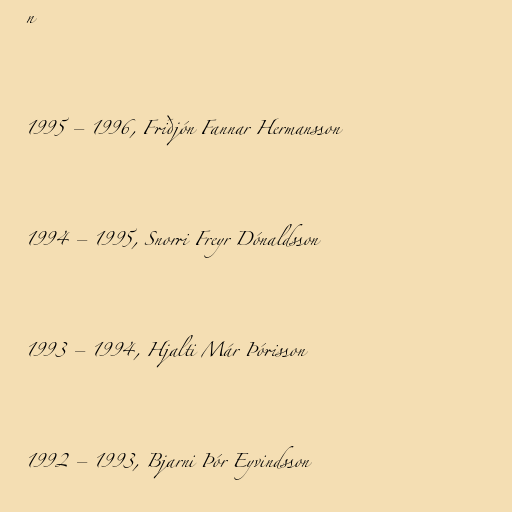
n

1995 – 1996, Friðjón Fannar Hermansson

1994 – 1995, Snorri Freyr Dónaldsson

1993 – 1994, Hjalti Már Þórisson

1992 – 1993, Bjarni Þór Eyvindsson